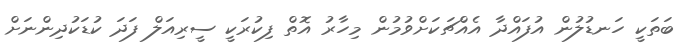
ބަތަކީ ހަނޑުލުން އުފައްދާ އެއްޗަކަށްވުމުން މިހާރު އޮތް ފިކުރަކީ ސީރިއަލް ފަދަ ކުޑަކުދިންނަށް